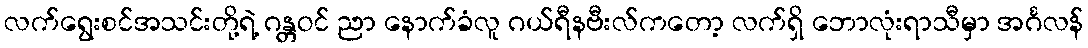
လက်ရွေးစင်အသင်းတို့ရဲ့ ဂန္တဝင် ညာ နောက်ခံလူ ဂယ်ရီနဗီးလ်ကတော့ လက်ရှိ ဘောလုံးရာသီမှာ အင်္ဂလန်